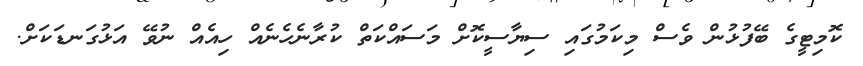
ކޮމިޓީގެ ބޭފުޅުން ވެސް މިކަމުގައި ސިޔާސީކޮށް މަސައްކަތް ކުރާނެހެނެއް ހިއެއް ނުވޭ އަޅުގަނޑަކަށް.